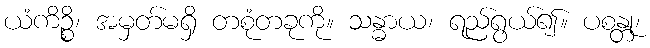
ယံကိဉ္စိ၊ အမှတ်မရှိ တစုံတခုကို။ သန္ဓာယ၊ ရည်ရွယ်၍။ ပစန္တု၊